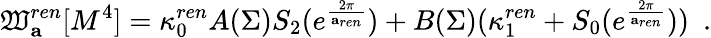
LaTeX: \mathfrak{W}_{\mathbf{a}}^{ren}[M^{4}]=\kappa_{0}^{ren}A(\Sigma)S_{2}(e^{\frac{{2\pi}}{{{\mathbf{a}}_{ren}}}})+B(\Sigma)(\kappa_{1}^{ren}+S_{0}(e^{\frac{{2\pi}}{{{\mathbf{a}}_{ren}}}}))~~.